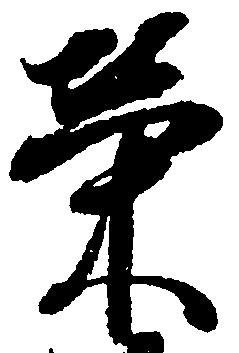
栄